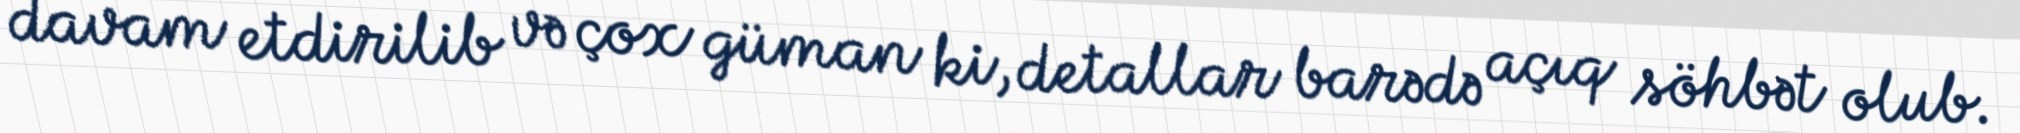
davam etdirilib və çox güman ki, detallar barədə açıq söhbət olub.